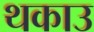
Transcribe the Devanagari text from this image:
थकाउ